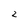
Character: 2